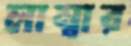
লাম্বার